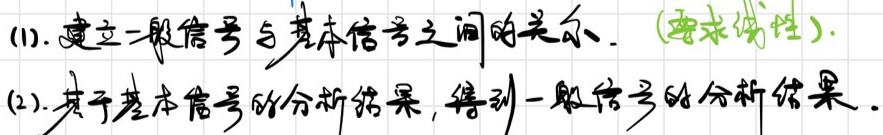
(1). 建立一般信号与基本信号之间的关系（要求线性）。
(2). 基于基本信号的分析结果，得到一般信号的分析结果。